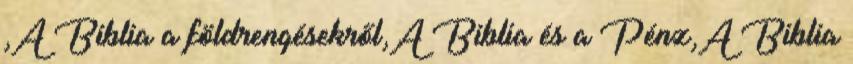
,A Biblia a földrengésekről,A Biblia és a Pénz,A Biblia